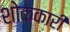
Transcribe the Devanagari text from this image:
शोककारी